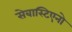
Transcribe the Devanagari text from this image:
सेबास्टिएनो